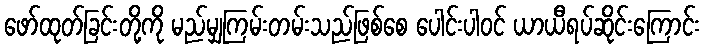
ဖော်ထုတ်ခြင်းတို့ကို မည်မျှကြမ်းတမ်းသည်ဖြစ်စေ ပေါင်းပါဝင် ယာယီရပ်ဆိုင်းကြောင်း